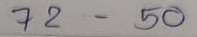
72 - 50